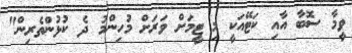
ވީމާ ސޮބާ އާއި ކަޓޭއަކީ މި ޓީމަށް ވަރަށް މުހިންމު ދެ ކުޅުންތެރިން"